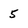
Character: 5